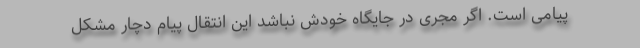
پیامی است. اگر مجری در جایگاه خودش نباشد این انتقال پیام دچار مشکل